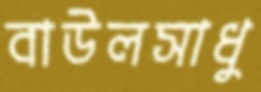
বাউলসাধু